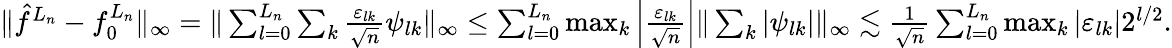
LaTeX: \begin{array}{r}{\| \hat{f}^{L_{n}}-f_{0}^{L_{n}}\| _{\infty}=\| \sum_{l=0}^{L_{n}}\sum_{k}\frac{\varepsilon_{lk}}{\sqrt{n}}\psi_{lk}\| _{\infty}\leq\sum_{l=0}^{L_{n}}\operatorname*{max}_{k}\left|\frac{\varepsilon_{lk}}{\sqrt{n}}\right|\| \sum_{k}|\psi_{lk}|\| _{\infty}\lesssim\frac{1}{\sqrt{n}}\sum_{l=0}^{L_{n}}\operatorname*{max}_{k}\left|\varepsilon_{lk}\right|2^{l/2}.}\end{array}